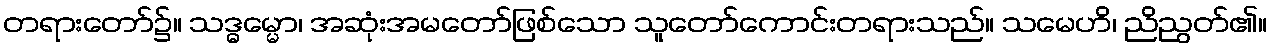
တရားတော်၌။ သဒ္ဓမ္မော၊ အဆုံးအမတော်ဖြစ်သော သူတော်ကောင်းတရားသည်။ သမေဟိ၊ ညိညွတ်၏။